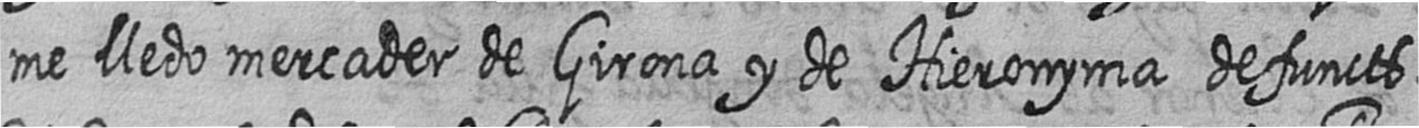
me lledo mercader de Girona y de Hieronyma defuncts